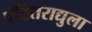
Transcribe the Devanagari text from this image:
पंडितराद्युला